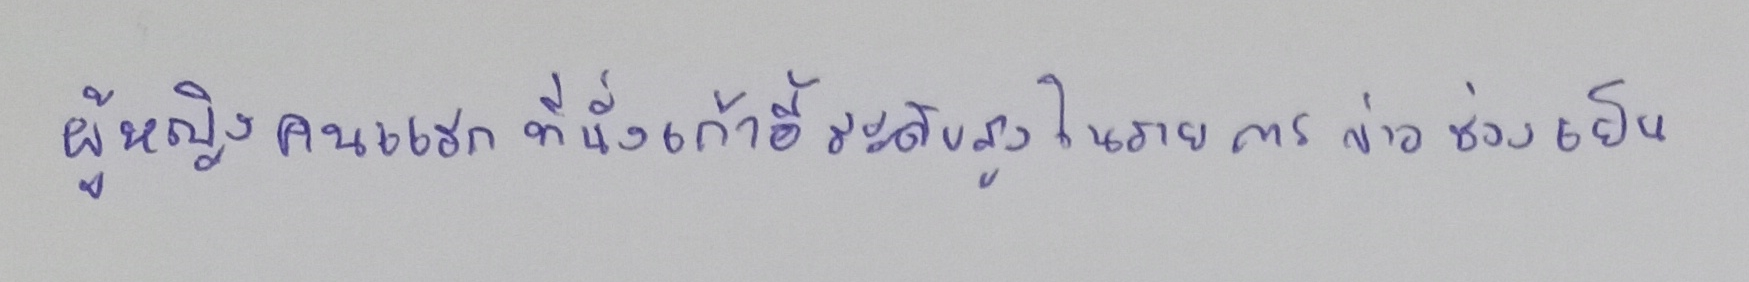
ผู้หญิงคนแรกที่นั่งเก้าอี้ระดับสูงในรายการข่าวช่วงเย็น